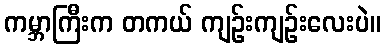
ကမ္ဘာကြီးက တကယ် ကျဉ်းကျဉ်းလေးပဲ။